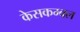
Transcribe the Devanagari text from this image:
केसकम्बल